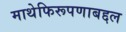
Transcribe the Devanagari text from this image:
माथेफिरूपणाबद्दल